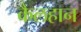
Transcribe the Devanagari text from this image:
कैलहान